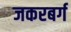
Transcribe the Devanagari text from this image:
जकरबर्ग